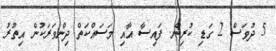
5 ދުވަސް 2 ގަޑި ކުރިން. ފައިސާ އާއި މަސައްކަތް ދިންވަރަކުން އިތުރު